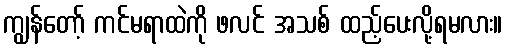
ကျွန်တော့် ကင်မရာထဲကို ဖလင် အသစ် ထည့်ပေးလို့ရမလား။